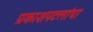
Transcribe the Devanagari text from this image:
प्रकाशपटलांचा